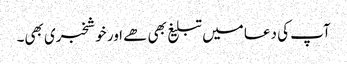
آپ کی دعا میں تبلیغ بھی ھے اور خوشخبری بھی۔